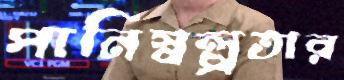
পানিস্বল্পতার